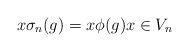
LaTeX: \begin{align*}x\sigma_{n}(g)=x\phi(g)x\in V_{n}\end{align*}